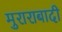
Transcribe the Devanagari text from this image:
मुराराबादी